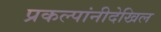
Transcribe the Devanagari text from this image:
प्रकल्पांनीदेखिल